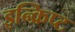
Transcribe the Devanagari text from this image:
इन्क्रिप्ट